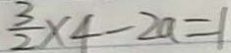
\frac { 3 } { 2 } \times 4 - 2 a = 1